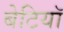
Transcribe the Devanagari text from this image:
बेटियाॅ